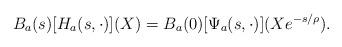
LaTeX: \begin{align*}B_a(s)[H_a(s,\cdot)](X)=B_a(0)[\Psi_a(s,\cdot)](Xe^{-s/\rho}).\end{align*}